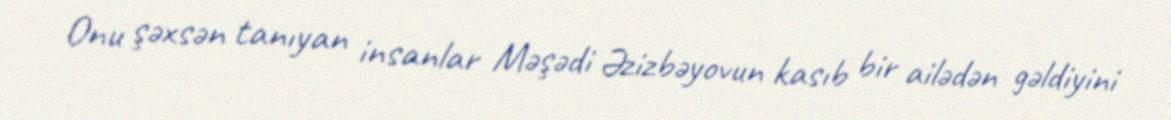
Onu şəxsən tanıyan insanlar Məşədi Əzizbəyovun kasıb bir ailədən gəldiyini